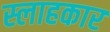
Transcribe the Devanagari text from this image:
स्लाहकार